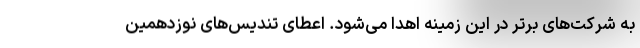
به شرکت‌های برتر در این زمینه اهدا می‌شود. اعطای تندیس‌های نوزدهمین